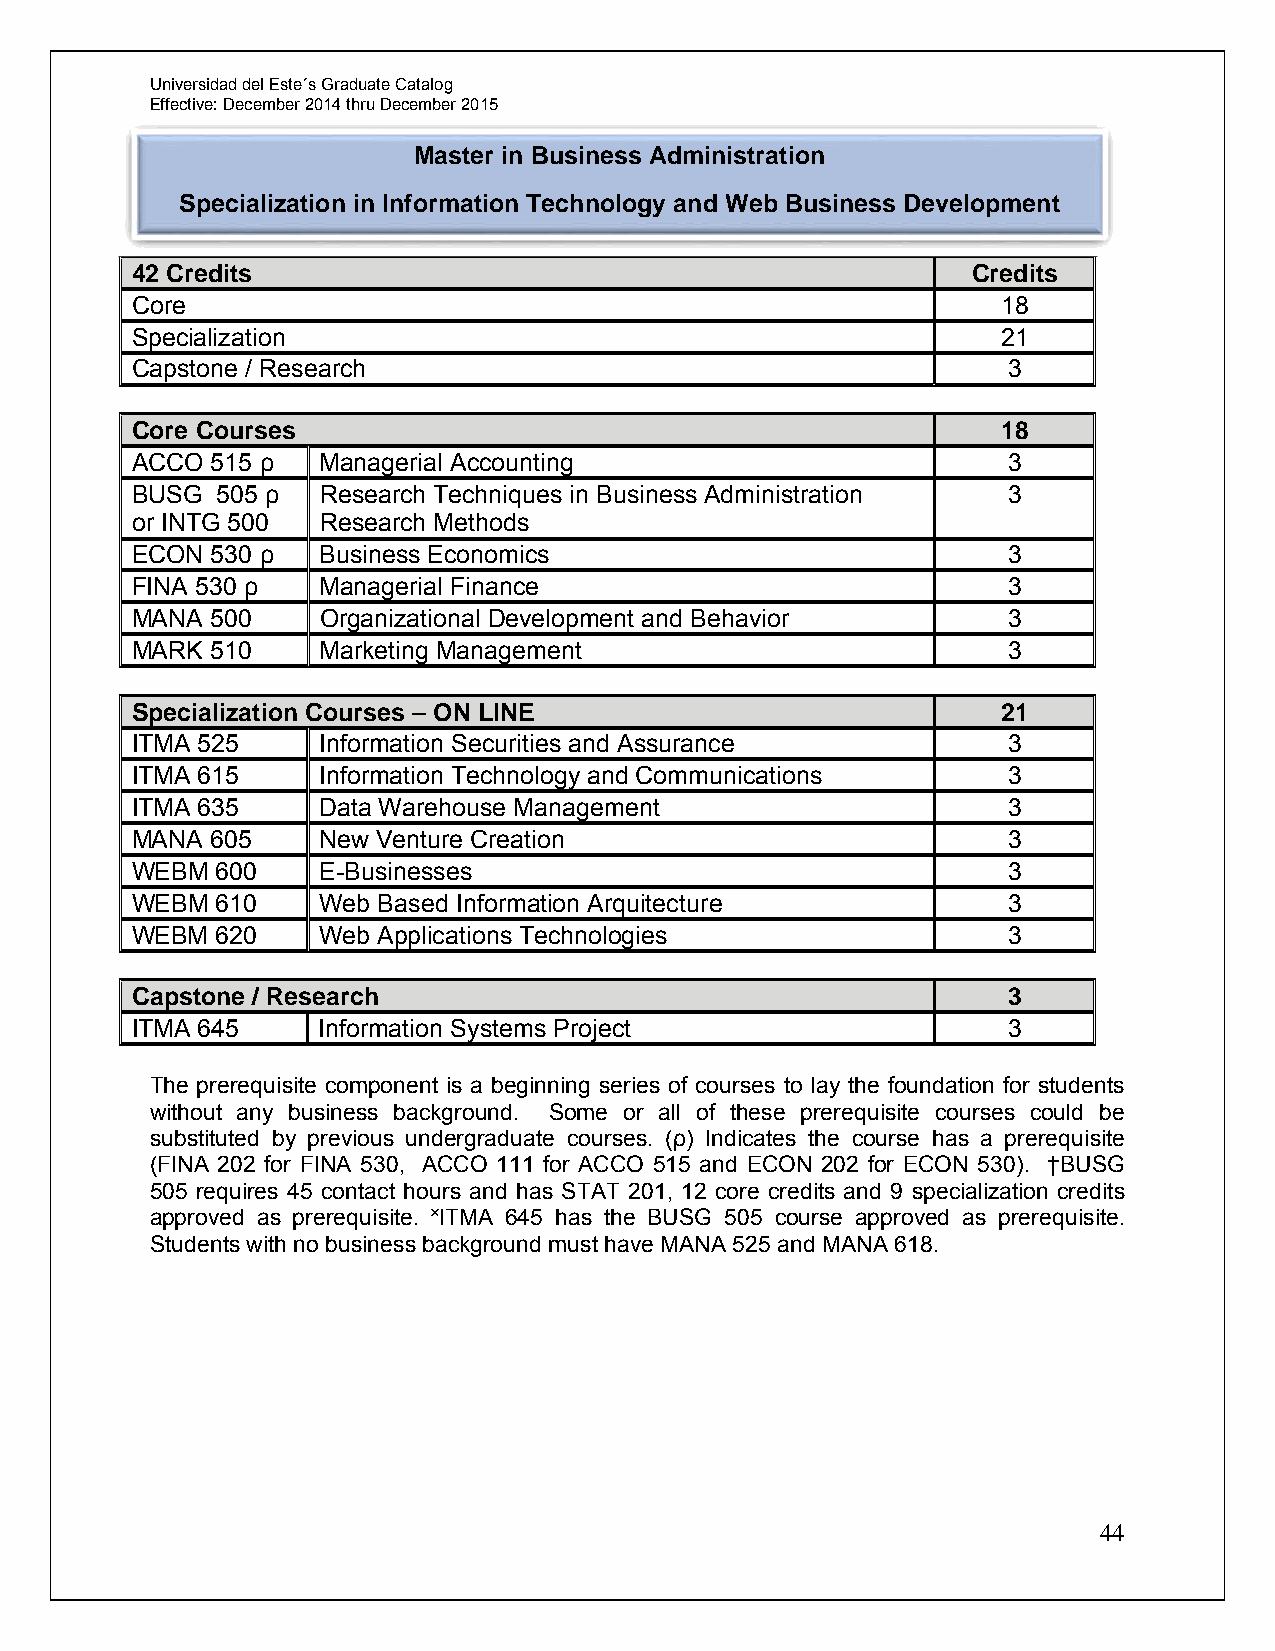
Universidad del Este´s Graduate Catalog
 Effective: December 2014 thru December 2015
 Master in Business Administration
 Specialization in Information Technology and Web Business Development
 42 Credits                                             Credits
 Core                                                     18
 Specialization                                           21
 Capstone / Research                                       3
 Core Courses                                             18
 ACCO 515 ρ  Managerial Accounting                         3
 BUSG 505 ρ  Research Techniques in Business Administration 3
 or INTG 500 Research Methods
 ECON 530 ρ  Business Economics                            3
 FINA 530 ρ  Managerial Finance                            3
 MANA 500    Organizational Development and Behavior       3
 MARK 510    Marketing Management                          3
 Specialization Courses – ON LINE                         21
 ITMA 525    Information Securities and Assurance          3
 ITMA 615    Information Technology and Communications     3
 ITMA 635    Data Warehouse Management                     3
 MANA 605    New Venture Creation                          3
 WEBM 600    E-Businesses                                  3
 WEBM 610    Web Based Information Arquitecture            3
 WEBM 620    Web Applications Technologies                 3
 Capstone / Research                                       3
 ITMA 645    Information Systems Project                   3
 The prerequisite component is a beginning series of courses to lay the foundation for students
 without any business background. Some or all of these prerequisite courses could be
 substituted by previous undergraduate courses. (ρ) Indicates the course has a prerequisite
 (FINA 202 for FINA 530, ACCO 111 for ACCO 515 and ECON 202 for ECON 530). †BUSG
 505 requires 45 contact hours and has STAT 201, 12 core credits and 9 specialization credits
 approved as prerequisite. ˟ITMA 645 has the BUSG 505 course approved as prerequisite.
 Students with no business background must have MANA 525 and MANA 618.
 44